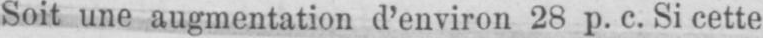
Soit une augmentation d’environ 28 p. c. Si cette